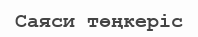
Саяси төңкеріс